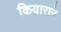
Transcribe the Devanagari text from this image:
कियाराने